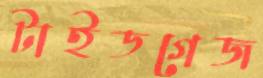
টাইডগেজ